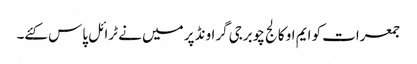
جمعرات کو ایم او کالج چوبرجی گراونڈ پر میں نے ٹرائل پاس کئے۔